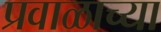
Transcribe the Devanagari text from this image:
प्रवाळाच्या